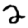
Digit: 2